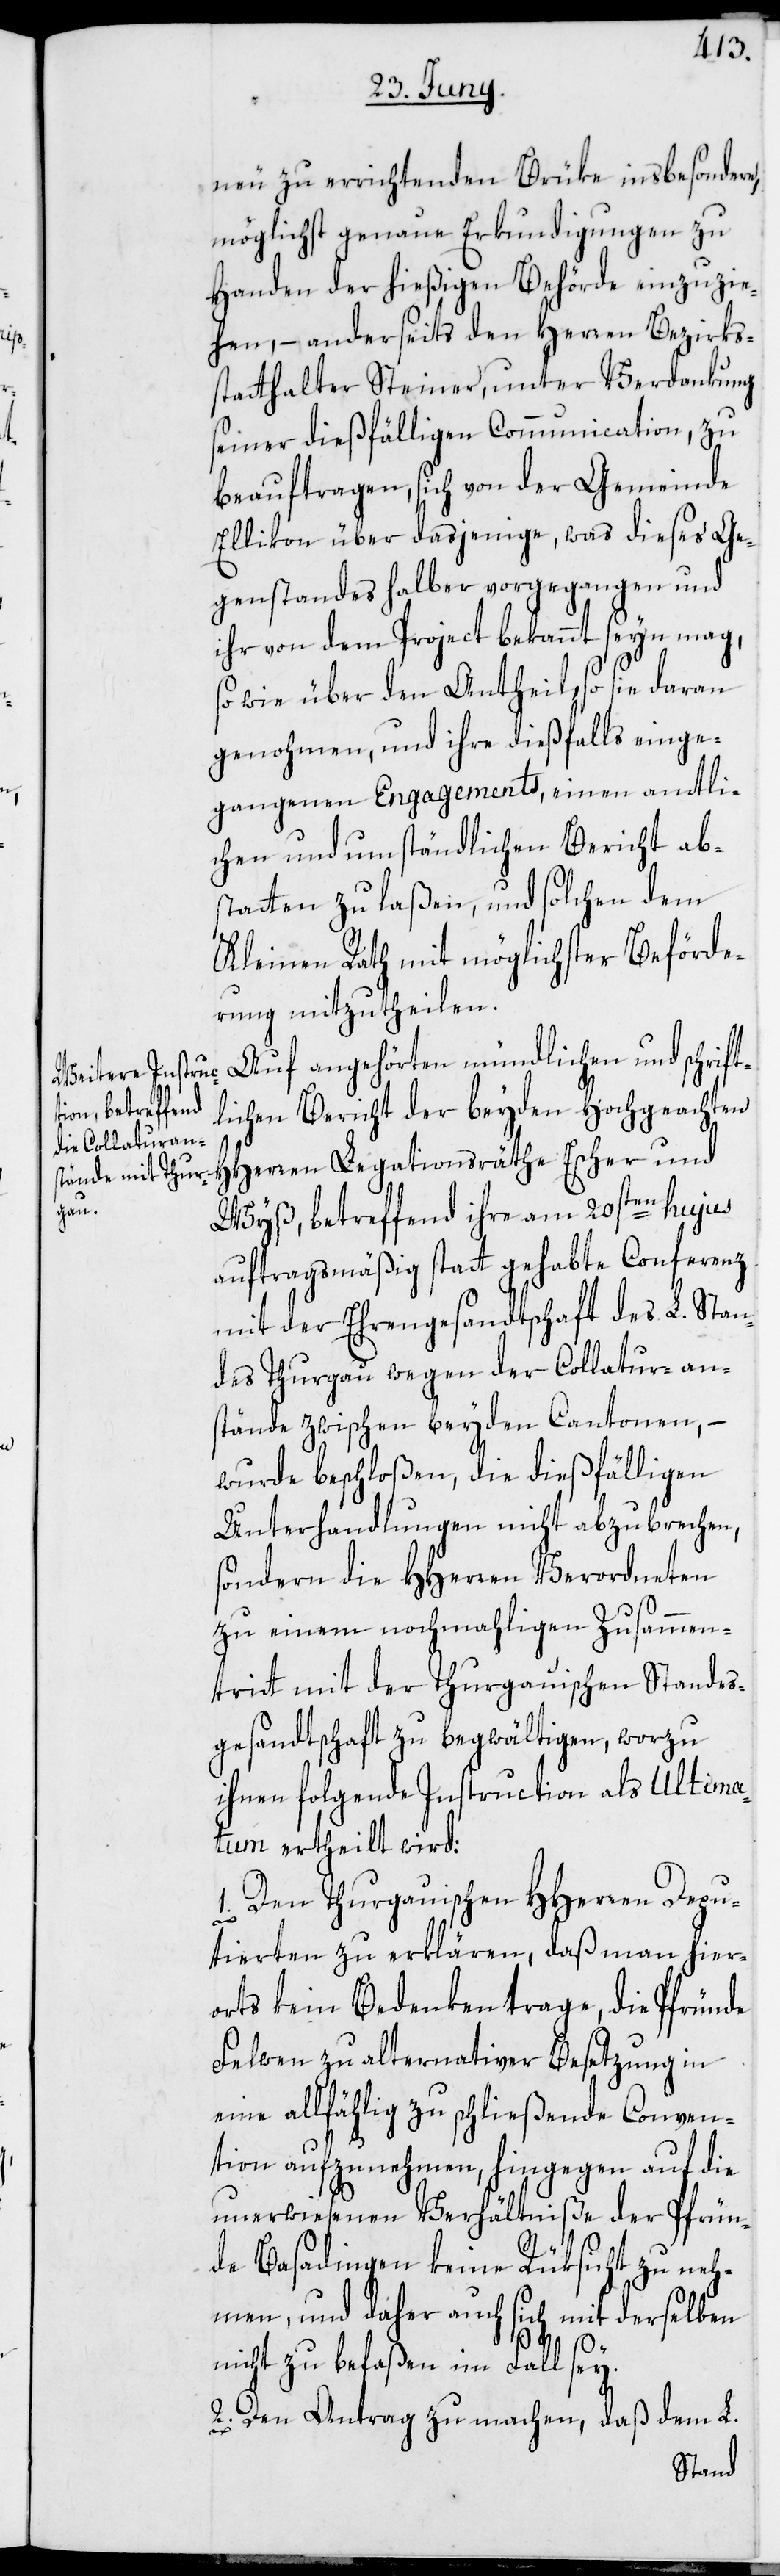
neu zu errichtenden Brüke insbesondere,
möglichst genaue Erkundigungen zu
Handen der hießigen Behörde einzuzie¬
hen, – anderseits den Herren Bezirks¬
statthalter Steiner, unter Verdankung
seiner dießfälligen Communication, zu
beauftragen, sich von der Gemeinde
Ellikon über dasjenige, was dieses Ge¬
genstandes halber vorgegangen und
ihr von dem Project bekannt seyn mag,
sowie über den Antheil, so sie daran
genohmen, und ihre dießfalls einge¬
gangenen Engagements, einen amtli¬
chen und umständlichen Bericht ab¬
statten zu laßen, und solchen dem
Kleinen Rath mit möglichster Beförde¬
rung mitzutheilen.
Auf angehörten mündlichen und schrift¬
lichen Bericht der beyden Hochgeachten
HHerren Legationsräthe Escher und
Wyß, betreffend ihre am 20sten hujus
auftragsmäßig statt gehabte Conferenz
mit der Ehrengesandtschaft des L. Stan¬
des Thurgau wegen der Collatur-an¬
stände zwischen beyden Cantonen, –
wurde beschloßen, die dießfälligen
Unterhandlungen nicht abzubrechen,
ondern die HHerren Verordneten
zu einem nochmahligen Zusammen¬
tritt mit der Thurgauischen Standes¬
gesandtschaft zu begwältigen, worzu
ihnen folgende Instruction als Ultima¬
tum ertheilt wird:
1. Den Thurgauischen HHerren Depu¬
s¬
tierten zu erklären, daß man hier¬
orts kein Bedenken trage, die Pfründe
Felwen zu alternativer Besetzung in
eine allfählig zu schließende Conven¬
tion aufzunehmen, hingegen auf die
unerwiesenen Verhältniße der Pfrün¬
de Basadingen keine Rüksicht zu neh¬
men, und daher auch sich mit derselben
nicht zu befaßen im Fall sey.
2. Den Antrag zu machen, daß dem L.